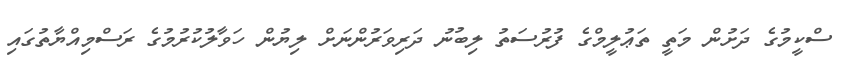
ސްކީމުގެ ދަށުން މަތީ ތަޢުލީމްގެ ފުރުސަތު ލިބުނު ދަރިވަރުންނަށް ލިޔުން ހަވާލުކުރުމުގެ ރަސްމިއްޔާތުގައި